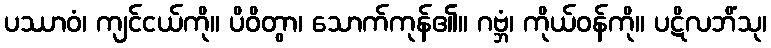
ပဿာဝံ၊ ကျင်ငယ်ကို။ ပိဝိတွာ၊ သောက်ကုန်၏။ ဂဗ္ဘံ၊ ကိုယ်ဝန်ကို။ ပဋိလဘိံသု၊